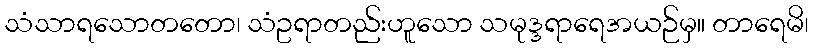
သံသာရသောတတော၊ သံဥရာတည်းဟူသော သမုဒ္ဒရာရေအယဉ်မှ။ တာရေမိ၊